Vaccination United Provinces of Agra and Oudh 1902-1913 - 1902-1913
Year: 1902
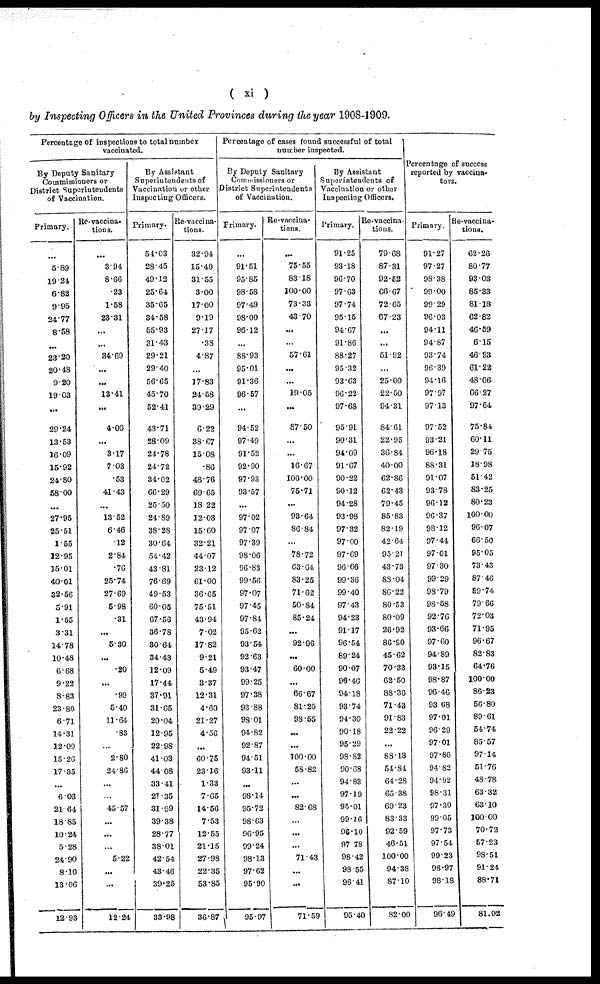
( xi )
by Inspecting Officers in the United Provinces during the year 1908-1909.
Percentage of inspections to total number
vaccinated.
By Deputy Sanitary
Commissioners or
District Superintendents
of Vaccination.
Primary.
5.89
19.24
682
9.95
24.77
8.58
...
23.20
20.48
9.20
19.03
...
29.24
13.53
16.09
15.92
24.80
58.00
...
27.95
25.51
155
12.95
15.01
40.01
32.56
5.91
1.55
3.31
14.78
10.48
6.68
9.22
8.83
23.80
6.71
14.31
12.09
15.26
17.35
...
6.03
21.64
18.85
10.24
5.28
24.90
8.10
13.06
12.93
Re-vaccina-
tions.
...
3.94
8.66
.23
1.58
23.31
...
...
34.69
...
...
13.41
...
4.00
...
3.17
7.03
.53
41.43
...
13.52
6.46
.12
2.84
.76
25.74
27.69
5.98
.31
...
5.30
...
.20
...
.99
5.40
11.64
.83
...
2.80
24.86
...
...
45.57
...
...
...
5.22
...
...
12.24
By Assistant
Superintendents of
Vaccination or other
Inspecting Officers.
Primary.
54.03
28.45
49.12
25.64
35.65
34.58
55.93
31.43
29.21
29.40
56.65
45.70
52.41
43.71
28.09
24.78
24.72
34.02
66.29
25.50
24.89
38.28
30.64
54.42
43.81
76.69
49.53
60.05
67.56
36.78
30.64
34.43
12.09
17.44
37.91
31.65
20.04
12.95
22.98
41.03
44.08
33.41
21.35
31.99
39.38
28.77
38.01
42.54
43.46
39.25
33.98
Re-vaccina-
tions.
32.94
15.49
31.55
3.00
17.00
9.19
27.17
.38
4.87
...
17.83
24.58
39.29
6.22
38.67
15.08
.86
48.76
69.65
18.22
12.03
15.60
32.21
44.07
23.12
61.00
36.65
75.51
43.94
7.02
17.82
9.21
5.49
3.37
12.31
4.60
21.27
4.56
...
60.75
23.16
1.33
7.65
14.56
7.53
12.55
21.15
27.98
22.35
53.85
36.87
Percentage of cases found successful of total
number inspected.
By Deputy Sanitary
Commissioners or
District Superintendents
of Vaccination.
Primary.
91.51
95.85
98.58
97.49
98.00
96.12
...
88.93
95.01
91.36
96.57
...
94.52
97.49
91.52
92.90
97.93
93.57
...
97.02
97.07
97.39
98.06
96.83
99.56
97.07
97.45
97.84
95.62
93.54
92.63
93.47
99.25
97.38
93.88
98.01
94.82
92.87
94.51
93.11
...
98.14
95.72
98.63
96.95
99.24
98.13
97.62
95.90
95.97
Re-vaccina¬
tions.
...
75.55
83.18
100.00
73.33
43.70
...
...
57.61
...
...
19.05
...
87.50
...
...
16.67
100.00
75.71
...
93.64
86.84
78.72
63.64
83.25
71.62
50.84
85.24
...
92.96
...
60.00
...
66.67
81.25
98.55
...
...
100.00
58.82
...
...
82.68
...
...
71.43
...
...
71.59
By Assistant
Superintendents of
Vaccination or other
Inspecting Officers.
Primary.
91.25
93.18
96.70
97.63
97.74
95.15
94.67
91.86
88.27
95.32
93.63
96.22
97.68
95.91
90.31
94.09
91.67
90.22
90.12
94.28
93.98
97.32
97.00
97.69
96.66
99.36
99.40
97.43
94.23
91.17
96.54
89.24
90.07
98.46
94.18
93.74
94.30
90.18
95.29
98.82
90.68
94.83
97.19
95.01
99.16
96.10
97.78
98.42
98.55
96.41
95.40
Re-vaccina-
tions.
79.68
87.31
92.52
66.67
72.65
67.23
...
...
51.92
...
25.00
22.50
94.31
84.61
22.95
36.84
40.00
62.86
62.43
79.45
85.83
82.19
42.64
95.21
43.73
88.04
86.22
80.53
80.09
26.92
86.90
45.62
70.33
62.50
88.36
71.43
91.83
22.22
...
88.13
54.84
64.28
65.38
69.23
83.33
92.59
46.51
100.00
94.38
87.10
82.00
Percentage of success
reported by vaccina¬
tors.
Primary.
91.27
97.27
98.38
99.00
99.29
96.03
94.11
94.87
93.74
96.39
94.16
97.97
97.13
97.52
93.21
96.18
88.31
91.07
93.78
96.12
96.37
98.12
97.44
97.01
97.30
99.29
98.79
98.58
92.76
93.66
97.60
94.89
93.15
98.87
96.46
93.68
97.01
96.29
97.01
97.86
94.82
94.92
98.31
97.30
99.05
97.73
97.54
99.23
98.97
98.18
96.49
Re-vaccina-
tions.
62.26
80.77
93.03
85.33
81.18
62.82
46.59
6.15
46.93
61.22
48.06
66.27
97.64
75.84
60.11
29.75
18.98
51.42
83.25
80.23
100.00
96.07
66.50
95.05
73.43
87.46
89.74
79.66
72.03
71.95
96.67
82.83
64.76
100.00
86.23
56.80
89.61
54.74
85.57
97.14
51.76
48.78
63.32
63.10
100.00
70.72
57.23
98.51
91.24
88.71
81.02